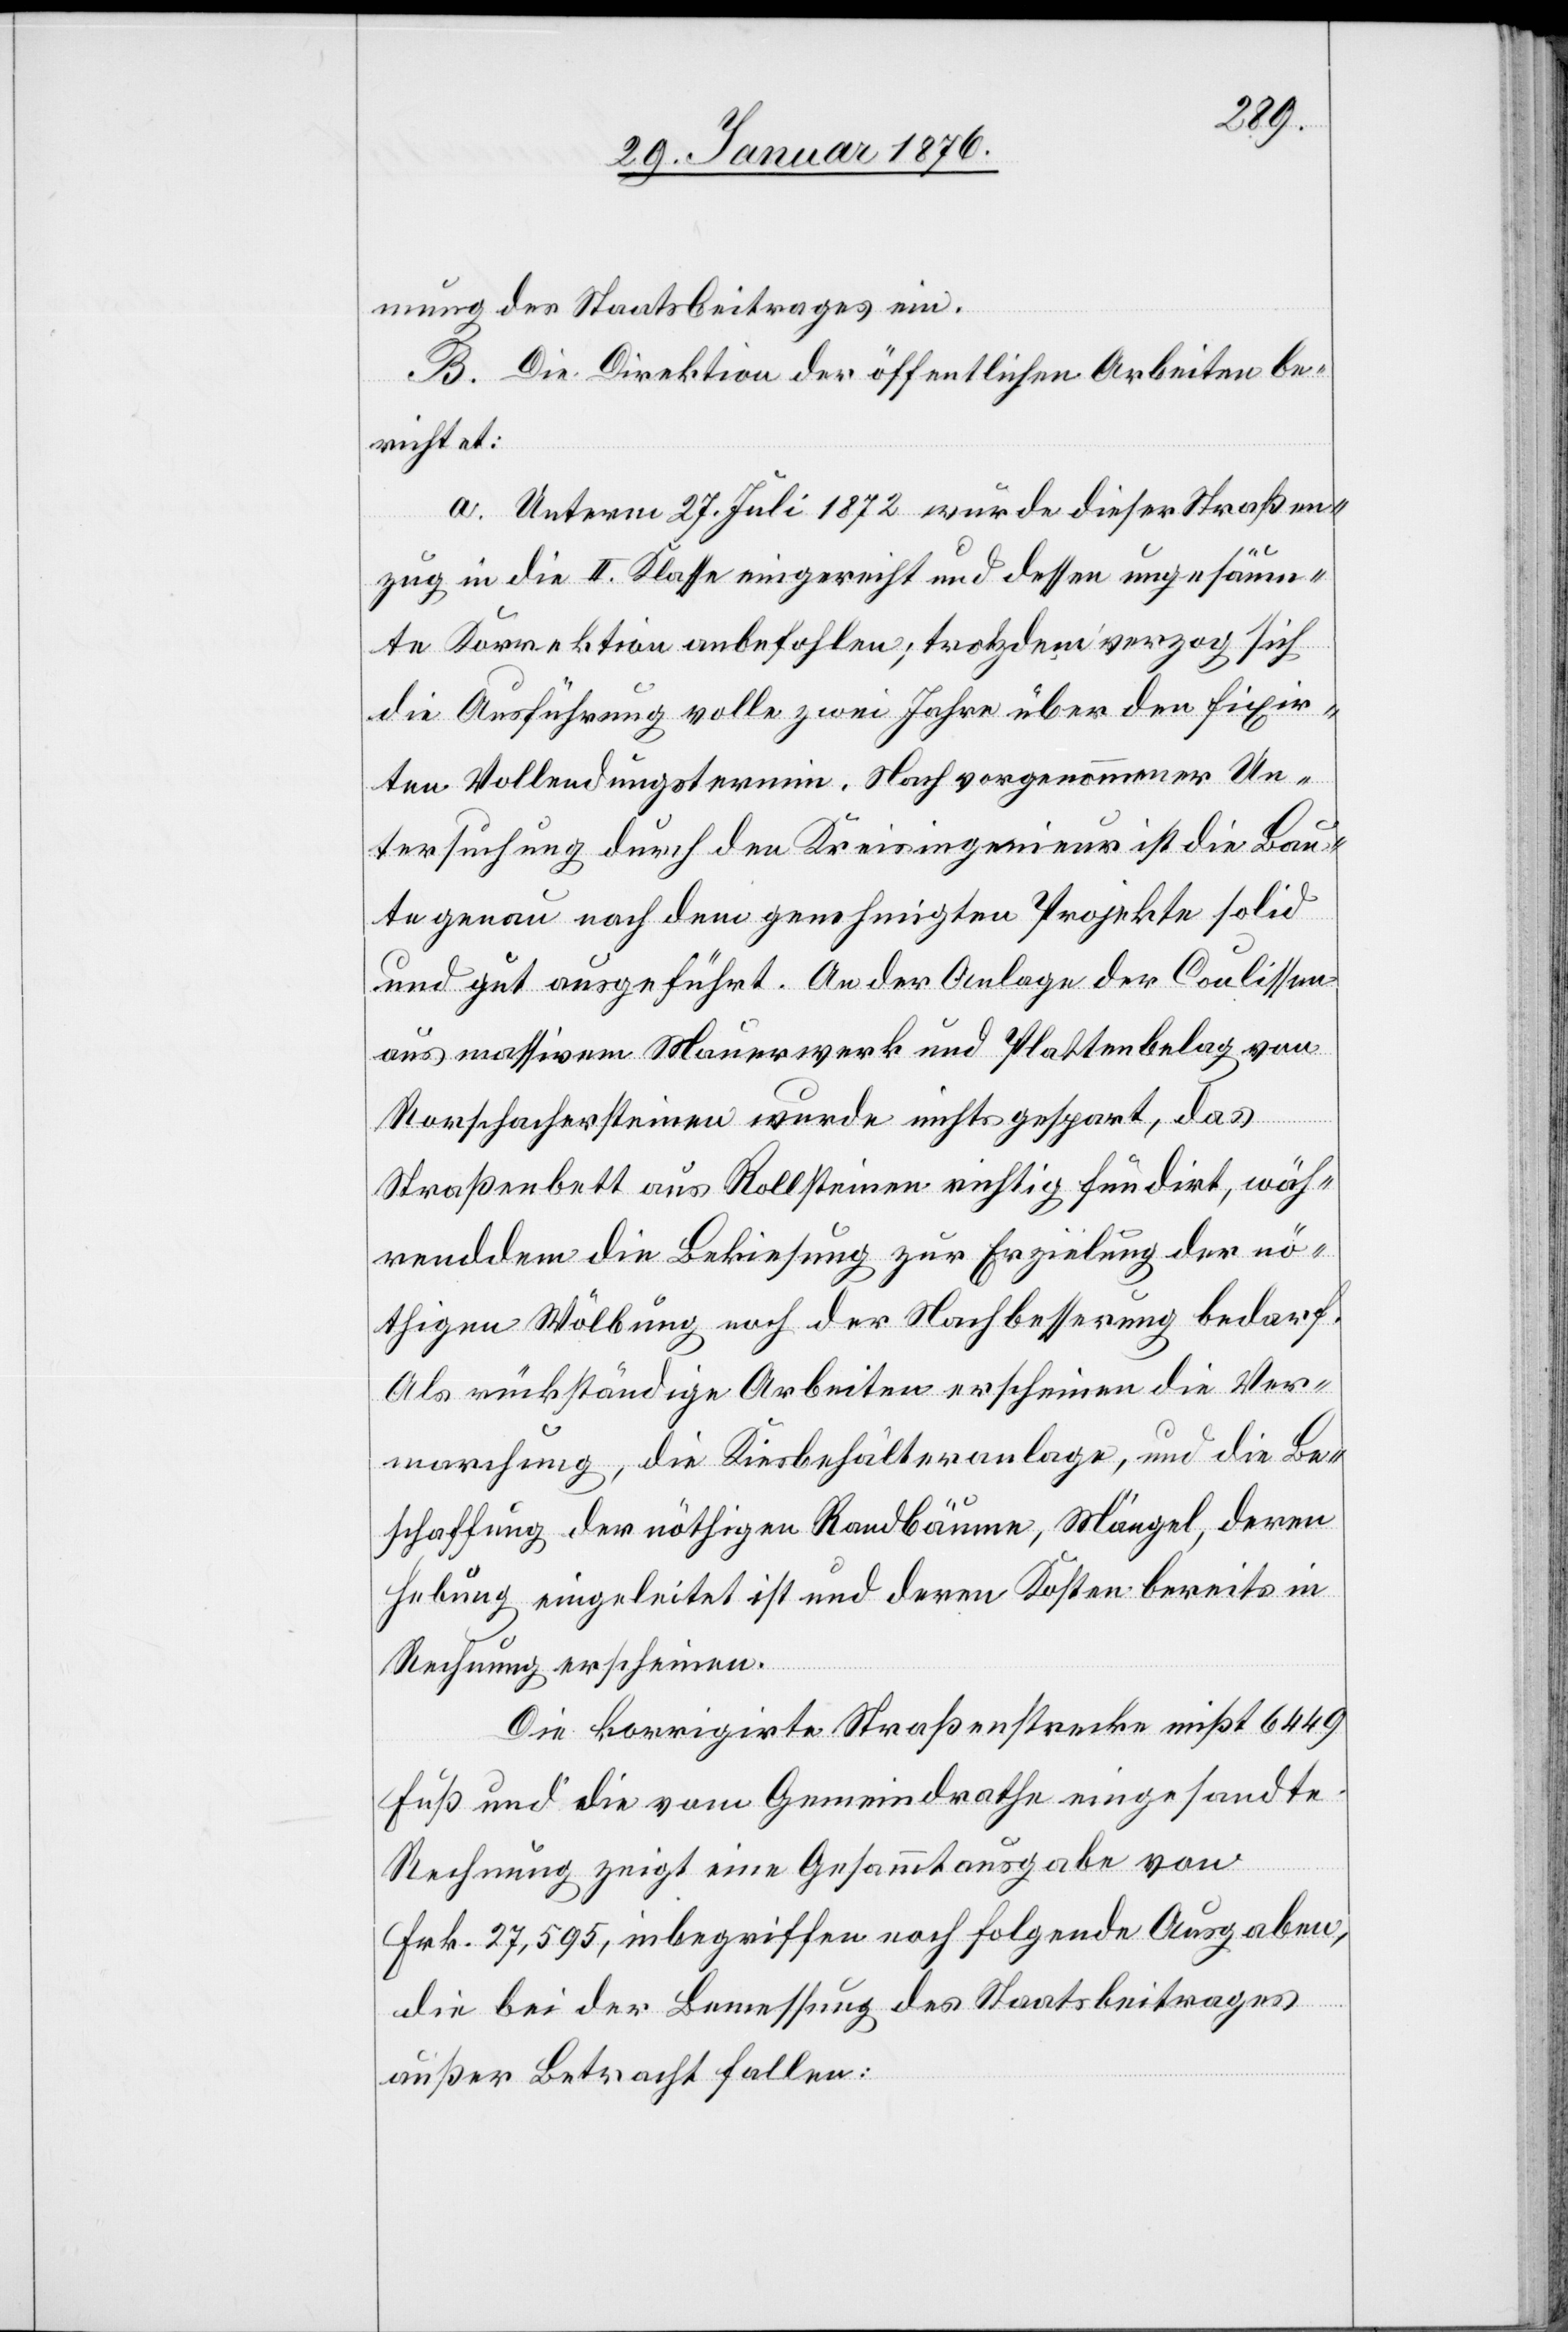
mung des Staatsbeitrages ein.
B. Die Direktion der öffentlichen Arbeiten be¬
richtet:
a. Unterm 27. Juli 1872 wurde dieser Straßen¬
zug in die II. Klasse eingereicht und dessen ungesäum¬
te Korrektion anbefohlen; trotzdem verzog sich
die Ausführung volle zwei Jahre über den fixir¬
ten Vollendungstermin. Nach vorgenommener Un¬
tersuchung durch den Kreisingenieur ist die Bau¬
te genau nach dem genehmigten Projekte solid
und gut ausgeführt. An der Anlage der Coulissen
aus massivem Mauerwerk und Plattenbelag von
Rorschachersteinen wurde nicht gespart, das
Straßenbett aus Rollsteinen richtig fundirt, wäh¬
renddem die Bekiesung zur Erziehung der nö¬
thigen Wölbung noch der Nachbesserung bedarf.
Als rückständige Arbeiten erscheinen die Ver¬
marchung, die Kiesbehälteranlage, und die Be¬
schaffung der nöthigen Randbäume, Mängel, deren
Hebung eingeleitet ist und deren Kosten bereits in
Rechnung erscheinen.
Die korrigierte Straßenstrecke mißt 6449
Fuß und die vom Gemeindrathe eingesandte
Rechnung zeigt eine Gesammtausgabe von
Frk. 27,595, inbegriffen noch folgende Ausgaben,
die bei der Bemessung des Staatsbeitrages
außer Betracht fallen: